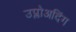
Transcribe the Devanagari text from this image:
उप्लोअदिंग